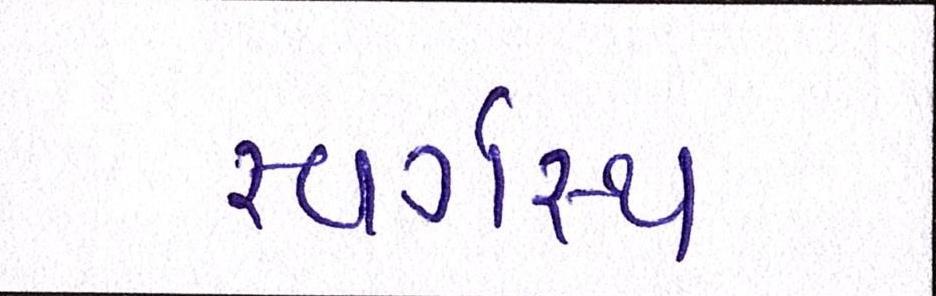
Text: સ્વર્ગસ્થ